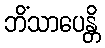
ဘိံသာပေန္တိ